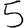
Digit: 5